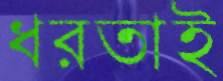
ধরতাই